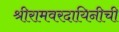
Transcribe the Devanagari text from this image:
श्रीरामवरदायिनीची